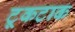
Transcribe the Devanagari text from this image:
टूकटाक